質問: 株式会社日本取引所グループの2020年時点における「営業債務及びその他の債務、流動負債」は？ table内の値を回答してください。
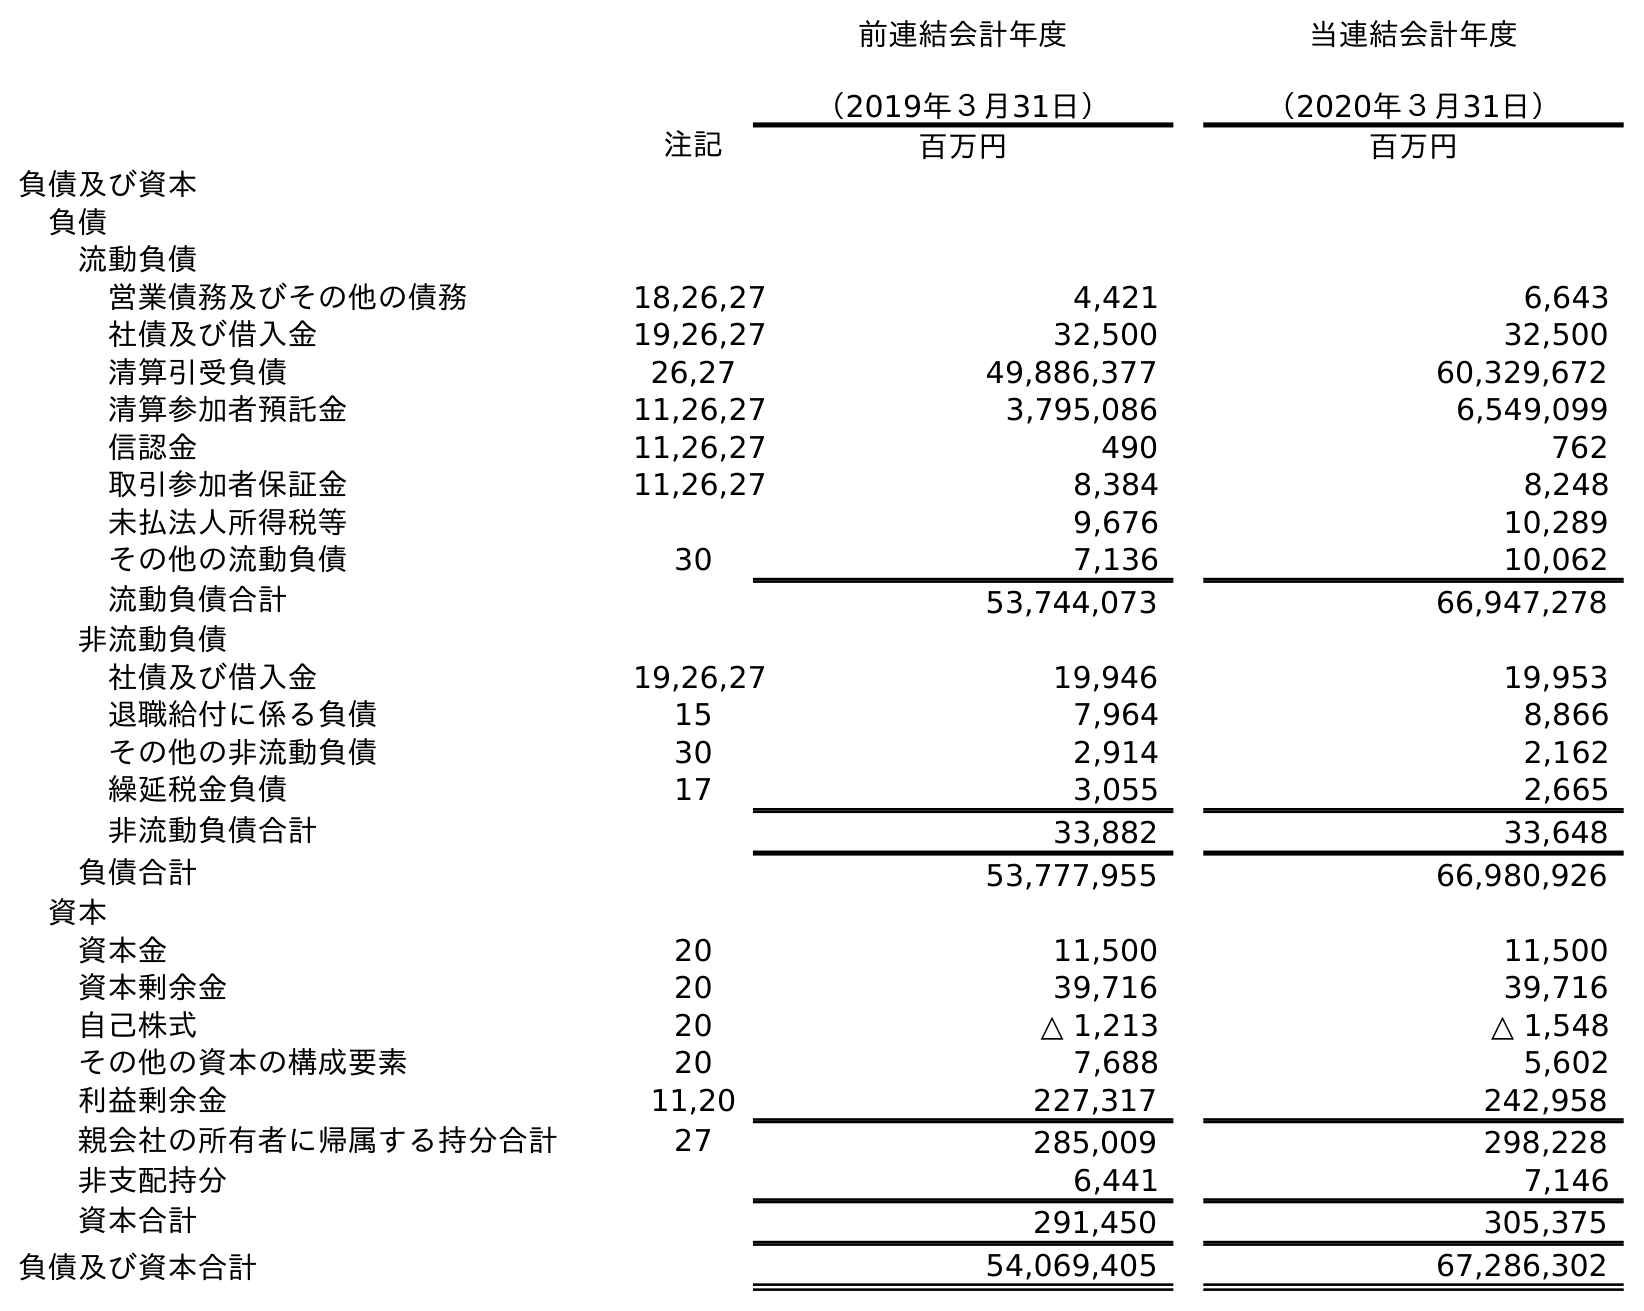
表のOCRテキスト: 前連結会計年度 （2019年３月31日） 当連結会計年度 （2020年３月31日） 注記 百万円 百万円 負債及び資本 負債 流動負債 営業債務及びその他の債務 18,26,27 4,421 6,643 社債及び借入金 19,26,27 32,500 32,500 清算引受負債 26,27 49,886,377 60,329,672 清算参加者預託金 11,26,27 3,795,086 6,549,099 信認金 11,26,27 490 762 取引参加者保証金 11,26,27 8,384 8,248 未払法人所得税等 9,676 10,289 その他の流動負債 30 7,136 10,062 流動負債合計 53,744,073 66,947,278 非流動負債 社債及び借入金 19,26,27 19,946 19,953 退職給付に係る負債 15 7,964 8,866 その他の非流動負債 30 2,914 2,162 繰延税金負債 17 3,055 2,665 非流動負債合計 33,882 33,648 負債合計 53,777,955 66,980,926 資本 資本金 20 11,500 11,500 資本剰余金 20 39,716 39,716 自己株式 20 △ 1,213 △ 1,548 その他の資本の構成要素 20 7,688 5,602 利益剰余金 11,20 227,317 242,958 親会社の所有者に帰属する持分合計 27 285,009 298,228 非支配持分 6,441 7,146 資本合計 291,450 305,375 負債及び資本合計 54,069,405 67,286,302
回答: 6,643